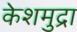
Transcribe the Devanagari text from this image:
केशमुद्रा